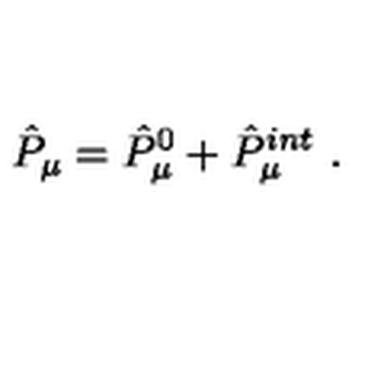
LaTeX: \hat { P } _ { \mu } = \hat { P } _ { \mu } ^ { 0 } + \hat { P } _ { \mu } ^ { i n t } \ .